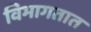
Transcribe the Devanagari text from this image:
विभागतात